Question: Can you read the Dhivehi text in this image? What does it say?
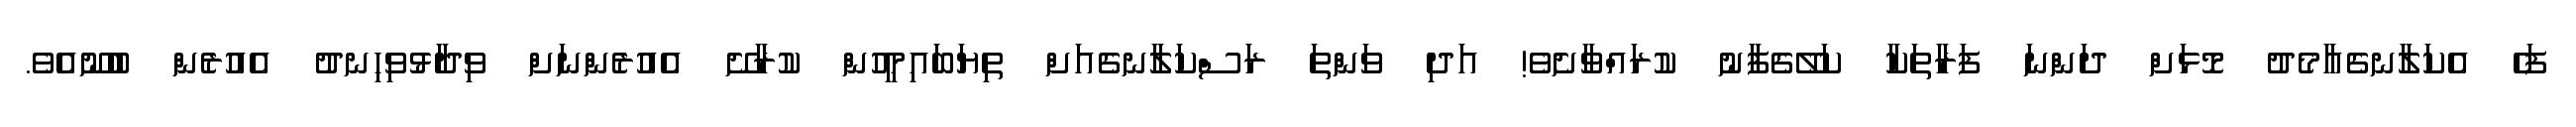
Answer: ފަހެ އެކަލާނގެއާމެދު މޮޅަށް ދަންނަ ފަރާތަކާ ކަލޭގެފާނު ކުރައްވާށެވެ! އަދި ވަންތަ ރަސްކަލާނގެއަށް ތިޔަބައިމީހުން ކުރާށޭ އެއުރެންނަށް ވިދާޅުވިހިނދު އެއުރެން ބުނޫއެވެ.